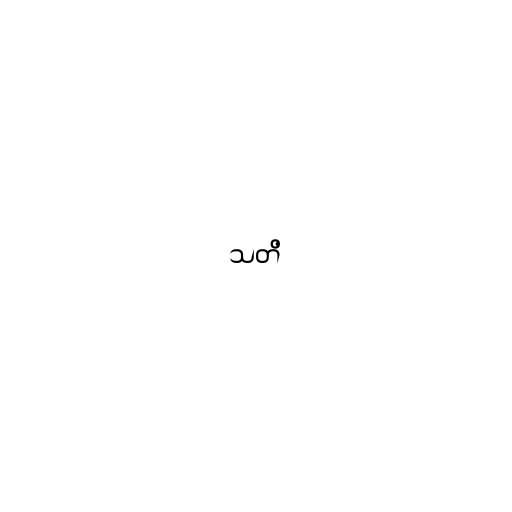
သတိ